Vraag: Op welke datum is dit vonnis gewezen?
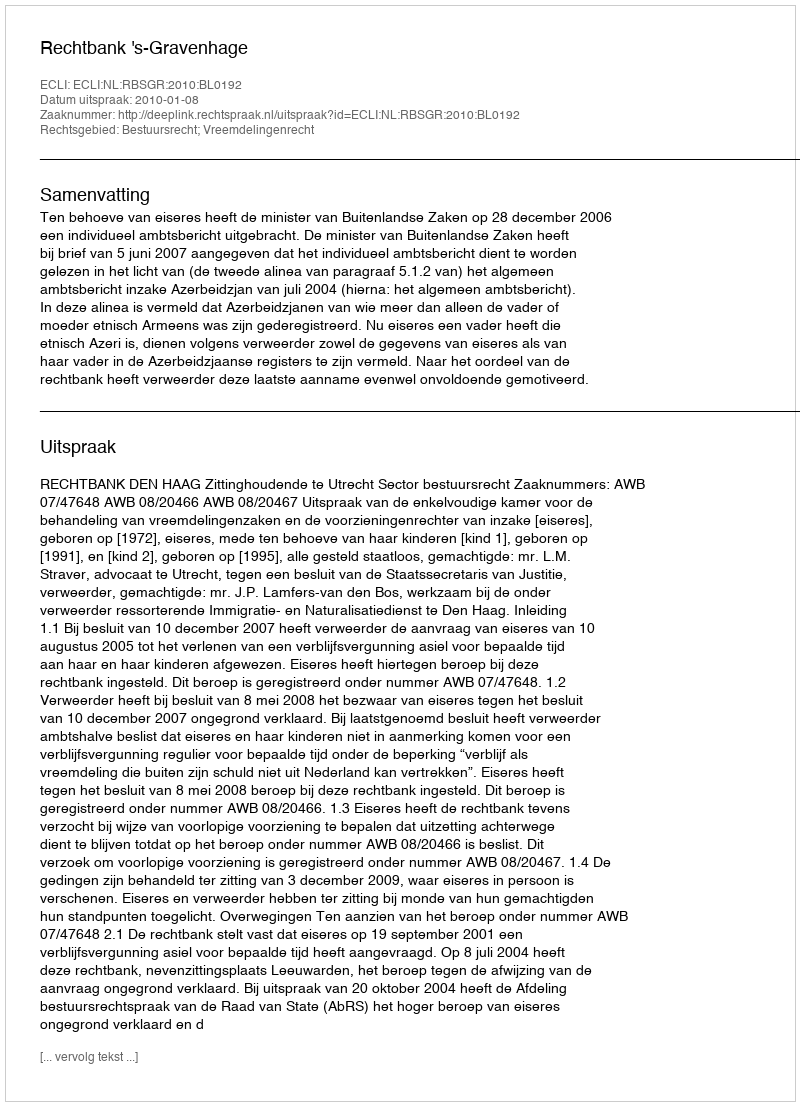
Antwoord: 2010-01-08